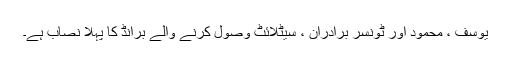
یوسف ، محمود اور ٹونسر برادران ، سیٹلائٹ وصول کرنے والے برانڈ کا پہلا نصاب ہے۔